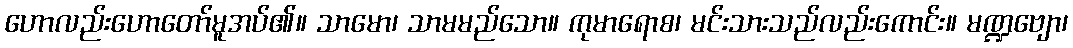
ဟောလည်းဟောတော်မူအပ်၏။ သာမော၊ သာမမည်သော။ ကုမာရောစ၊ မင်းသားသည်လည်းကောင်း။ မဏ္ဍဗျော၊